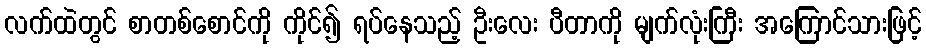
လက်ထဲတွင် စာတစ်စောင်ကို ကိုင်၍ ရပ်နေသည့် ဦးလေး ပီတာကို မျက်လုံးကြီး အကြောင်သားဖြင့်